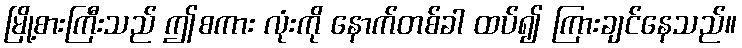
မြို့စားကြီးသည် ဤစကား လုံးကို နောက်တစ်ခါ ထပ်၍ ကြားချင်နေသည်။